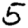
Digit: 5